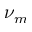
\nu _ { m }